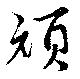
頏